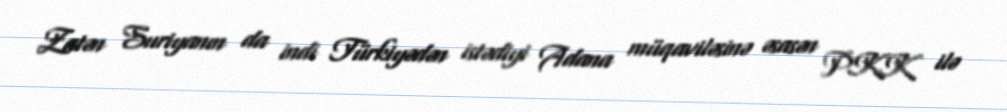
Zatən Suriyanın da indi Türkiyədən istədiyi Adana müqaviləsinə əsasən PKK ilə